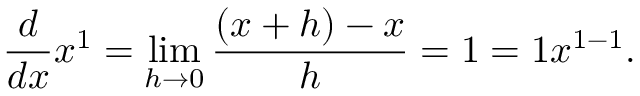
{ \frac { d } { d x } } x ^ { 1 } = \operatorname* { l i m } _ { h \to 0 } { \frac { ( x + h ) - x } { h } } = 1 = 1 x ^ { 1 - 1 } .